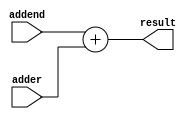
module adder_P1
    #(parameter Width = 32) 
(
    input  [Width-1:0] addend, adder,
    output [Width-1:0] result
);
    assign result = addend + adder;
endmodule